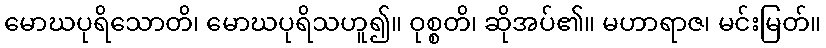
မောဃပုရိသောတိ၊ မောဃပုရိသဟူ၍။ ဝုစ္စတိ၊ ဆိုအပ်၏။ မဟာရာဇ၊ မင်းမြတ်။